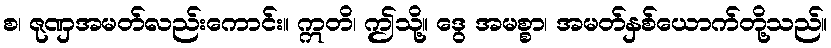
စ၊ ဇုဏှအမတ်လည်းကောင်း။ ဣတိ၊ ဤသို့။ ဒွေ အမစ္စာ၊ အမတ်နှစ်ယောက်တို့သည်။